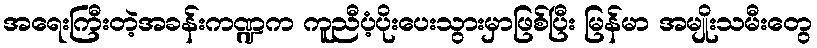
အရေးကြီးတဲ့အခန်းကဏ္ဍက ကူညီပံ့ပိုးပေးသွားမှာဖြစ်ပြီး မြန်မာ အမျိုးသမီးတွေ